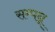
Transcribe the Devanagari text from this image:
सम्पन्न्